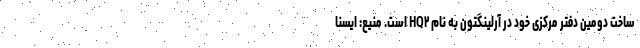
ساخت دومین دفتر مرکزی خود در آرلینگتون به نام HQ۲ است. منیع: ایسنا